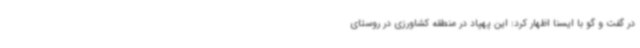
در گفت و گو با ایسنا اظهار کرد: این پهپاد در منطقه کشاورزی در روستای